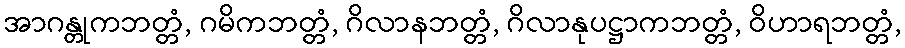
အာဂန္တုကဘတ္တံ, ဂမိကဘတ္တံ, ဂိလာနဘတ္တံ, ဂိလာနုပဋ္ဌာကဘတ္တံ, ဝိဟာရဘတ္တံ,